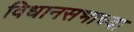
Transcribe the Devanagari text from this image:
विधानसभाच्या